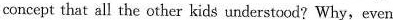
concept that all the other kids understood?Why,even